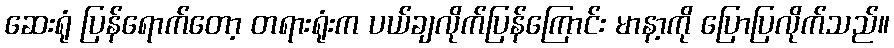
ဆေးရုံ ပြန်ရောက်တော့ တရားရုံးက ပယ်ချလိုက်ပြန်ကြောင်း မာနာ့ကို ပြောပြလိုက်သည်။